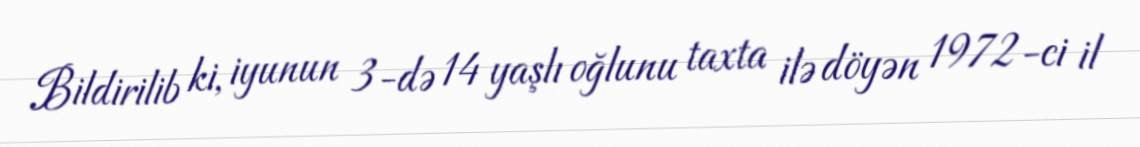
Bildirilib ki, iyunun 3-də 14 yaşlı oğlunu taxta ilə döyən 1972-ci il